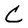
Character: C